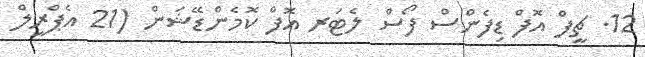
12. ޗީފް އޮފް ޑިފެންސް ފޯސް ލެޓަރ އޮފް ކޮމެންޑޭޝަން (21 އެޕްރީލް